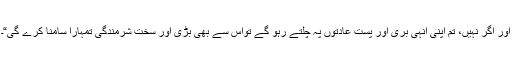
اور اگر نہیں، تم اپنی انہی بری اور پست عادتوں پہ چلتے رہو گے تواس سے بھی بڑی اور سخت شرمندگی تمہارا سامنا کرے گی“۔